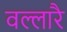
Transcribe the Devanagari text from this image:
वल्लारै